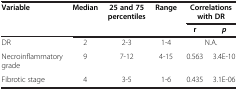
| Variable | Median | 25 and 75 percentiles | Range | <COLSPAN=2> Correlations with DR |
 |  |  |  |  | r | p |
 | --- | --- | --- | --- | --- | --- |
 | DR | 2 | 2-3 | 1-4 | <COLSPAN=2> N.A. |
 | Necroinflammatory grade | 9 | 7-12 | 4-15 | 0.563 | 3.4E-10 |
 | Fibrotic stage | 4 | 3-5 | 1-6 | 0.435 | 3.1E-06 |